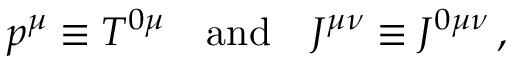
p ^ { \mu } \equiv T ^ { 0 \mu } \quad \mathrm { a n d } \quad { \cal J } ^ { \mu \nu } \equiv { \cal J } ^ { 0 \mu \nu } \, ,